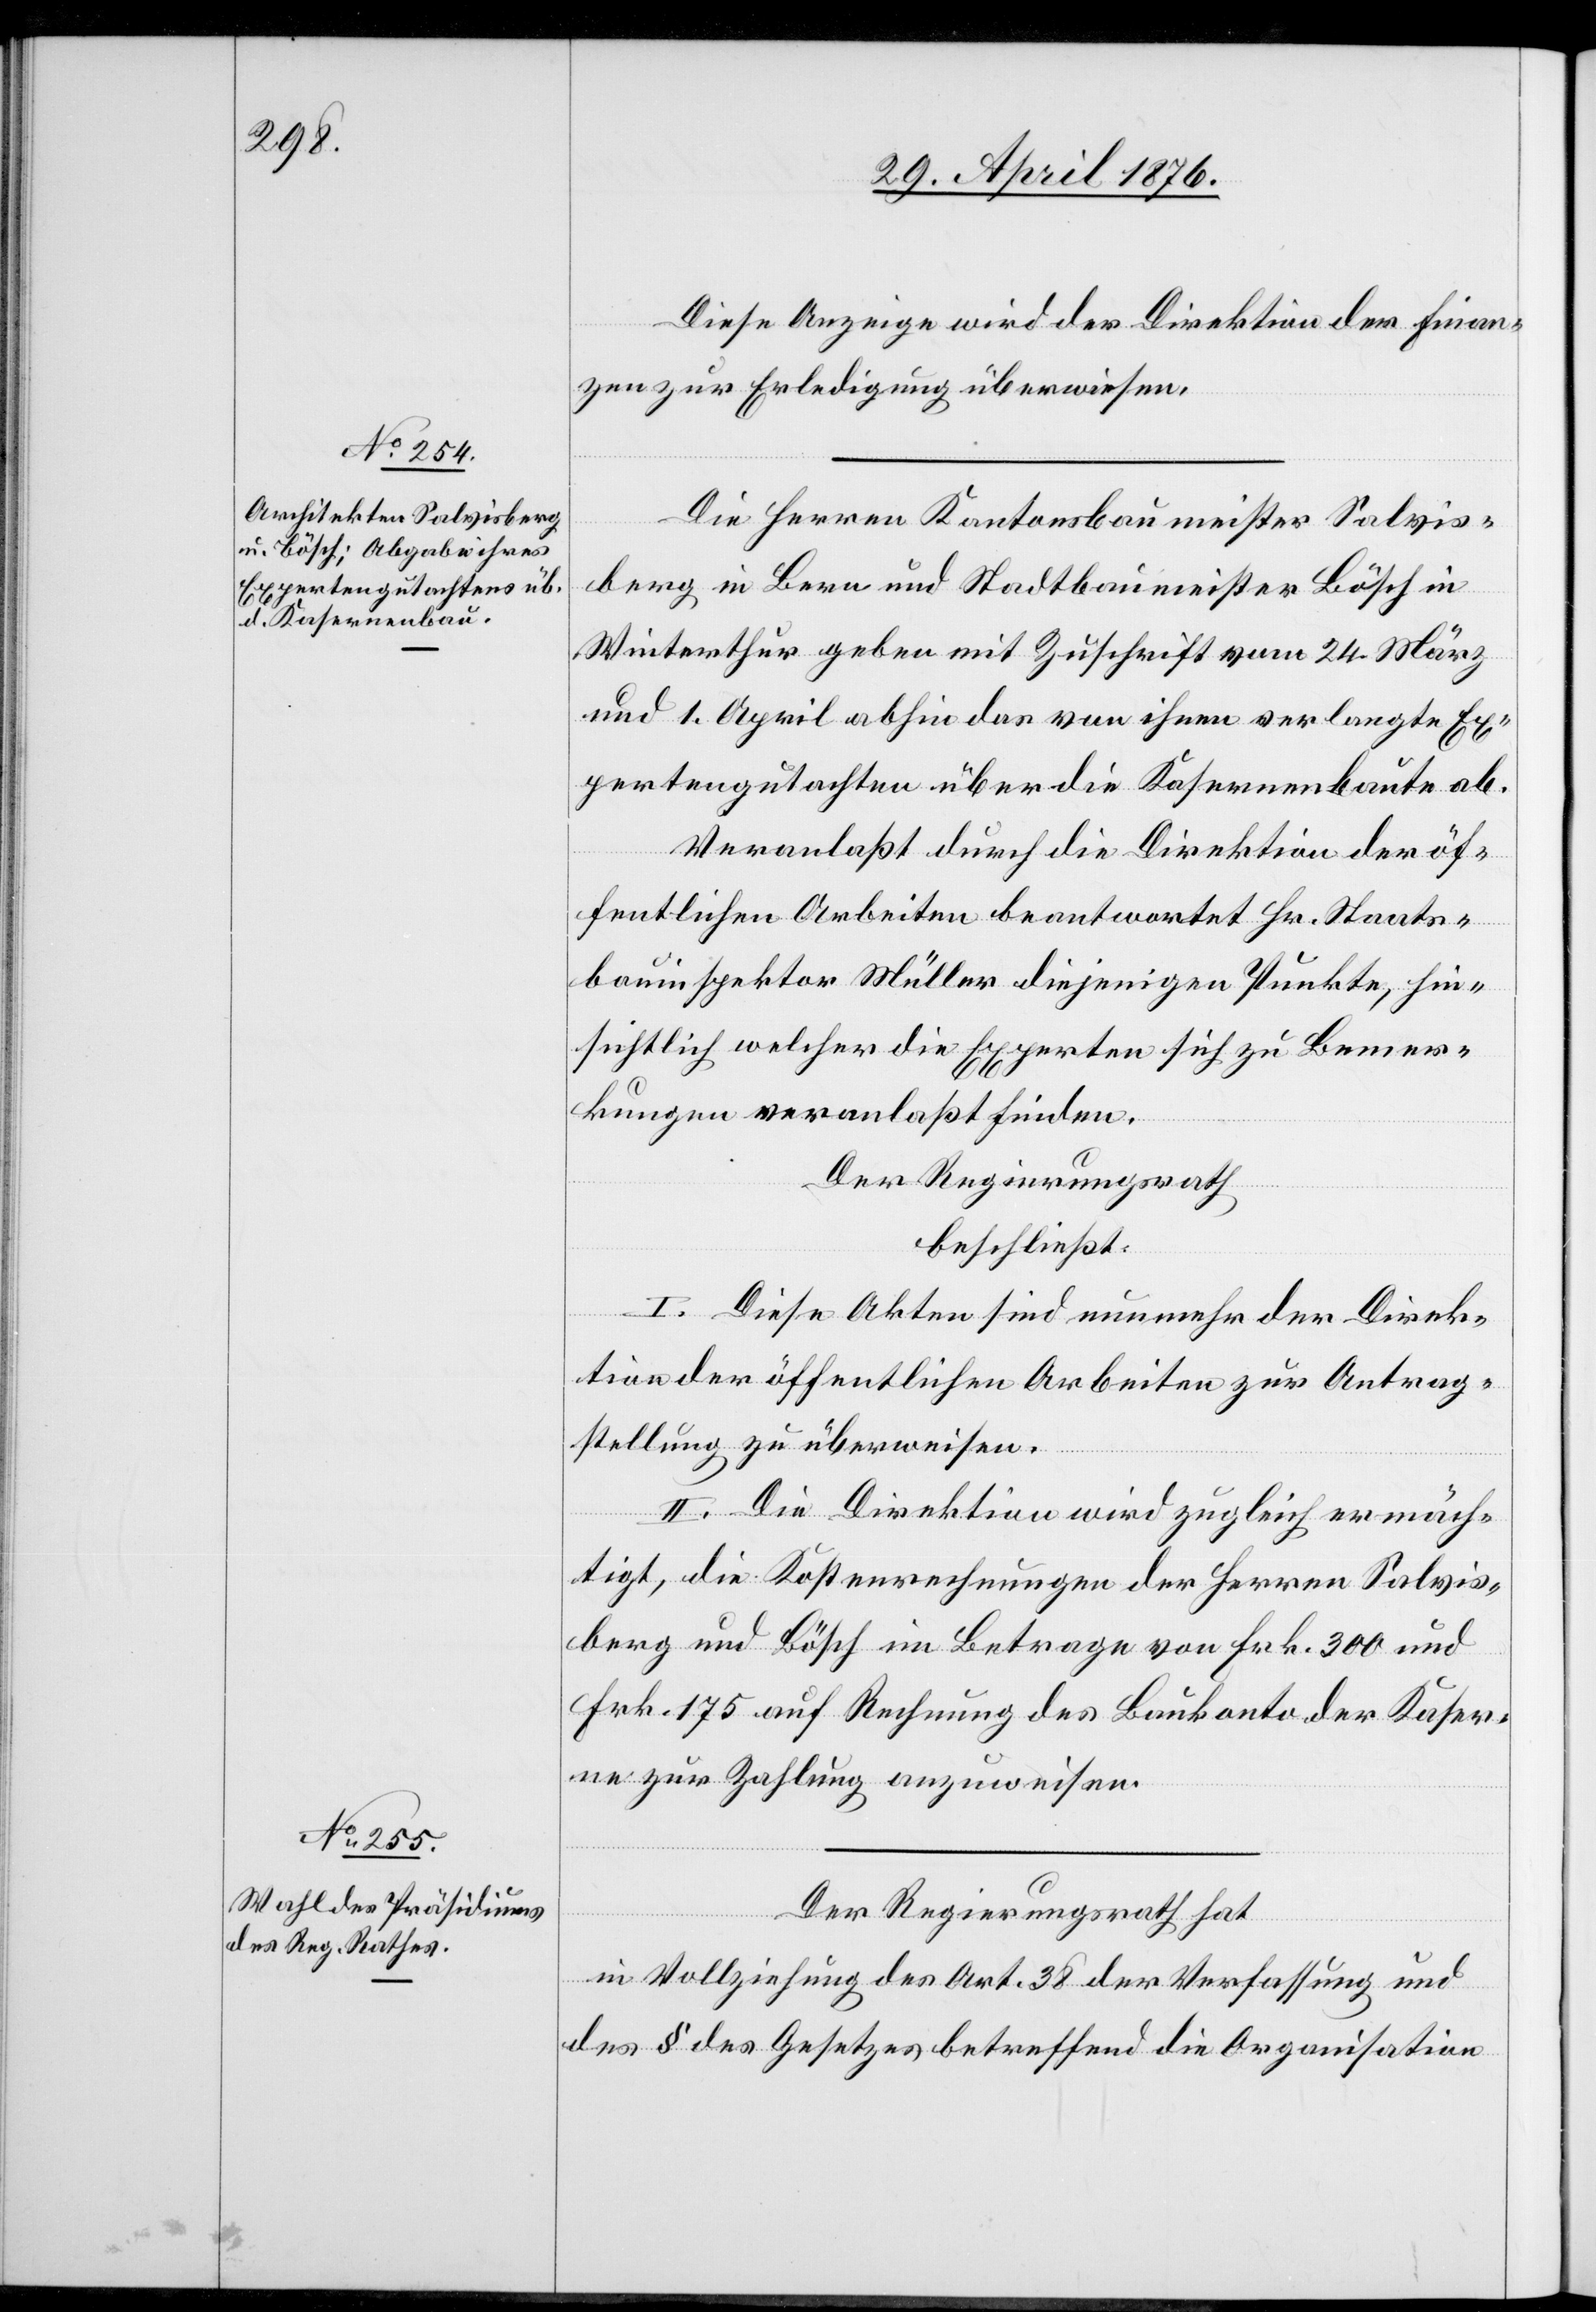
Diese Anzeige wird der Direktion der Finan¬
zen zur Erledigung überwiesen.
Die Herren Kantonsbaumeister Salvis¬
berg in Bern und Stadtbaumeister Bösch in
Winterthur geben mit Zuschrift vom 24. März
und 1. April abhin das von ihnen verlangte Ex¬
pertengutachten über die Kasernenbaute ab.
Veranlaßt durch die Direktion der öf¬
fentlichen Arbeiten beantwortet Hr. Staats¬
bauinspektor Müller diejenigen Punkte, hin¬
sichtlich welcher die Experten sich zu Bemer¬
kungen veranlaßt finden.
Der Regierungsrath
beschließt:
I. Diese Akten sind nunmehr der Direk¬
tion der öffentlichen Arbeiten zur Antrag¬
stellung zu überweisen.
II. Die Direktion wird zugleich ermäch¬
tigt, die Kostenrechnungen der Herren Salvis¬
berg und Bösch im Betrage von Frk. 300 und
Frk. 175 auf Rechnung des Baukonto der Kaser¬
ne zur Zahlung anzuweisen.
Der Regierungsrath hat
in Vollziehung des Art. 38 der Verfassung und
des § des Gesetzes betreffend die Organisation